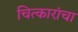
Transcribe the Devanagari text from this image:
चित्कारांचा